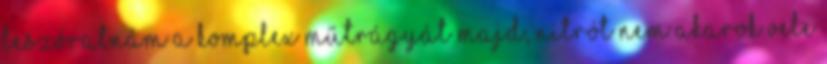
leszóratnám a komplex műtrágyát majd, nitrót nem akarok vele